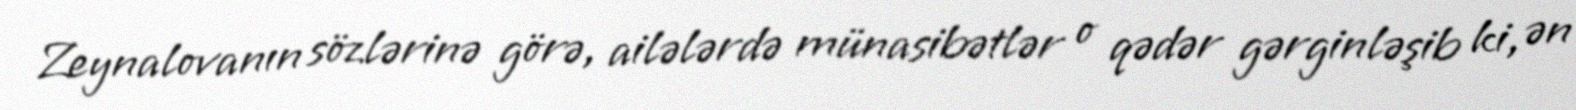
Zeynalovanın sözlərinə görə, ailələrdə münasibətlər o qədər gərginləşib ki, ən